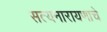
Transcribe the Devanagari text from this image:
सत्यनारायणाचे